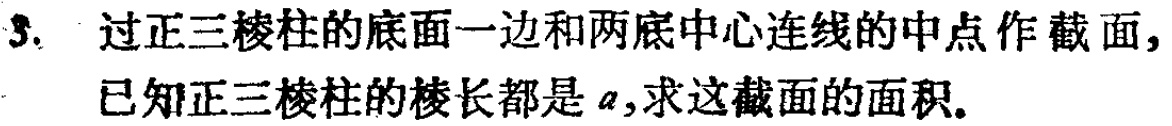
3. 过正三棱柱的底面一边和两底中心连线的中点作截面，已知正三棱柱的棱长都是\(a\)，求这截面的面积。